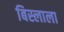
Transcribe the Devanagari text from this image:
बिस्लाला